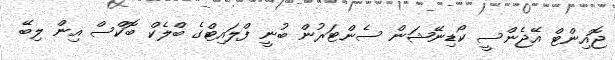
ޖޮއިންޓް އޭޖެންސީ ކޯޑިނޭޝަން ސެންޓަރުން ބުނީ ފްލައިޓްގެ ބްލެކް ބޮކްސް އިން ލިބޭ